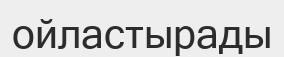
ойластырады